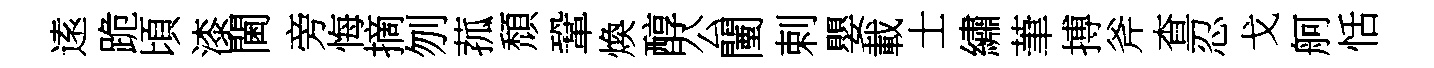
逺跪頃漆閫旁悔摘刎菰頹鞏煥醇公闉剌嬰載士繡茟搏斧查忍戈舸恬